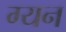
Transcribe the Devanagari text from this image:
ग्यन